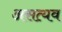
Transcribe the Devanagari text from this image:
असत्यव